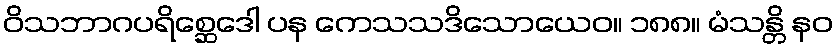
ဝိသဘာဂပရိစ္ဆေဒေါ ပန ကေသသဒိသောယေဝ။ ၁၈၈။ မံသန္တိ နဝ